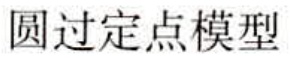
圆过定点模型